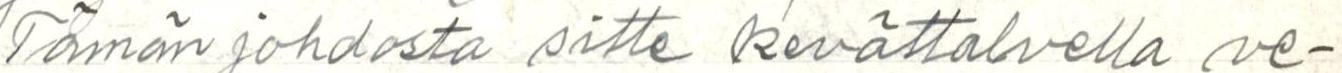
Tämän johdosta sitten kevättalvella ve-